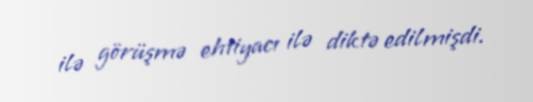
ilə görüşmə ehtiyacı ilə diktə edilmişdi.